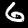
Label: 6